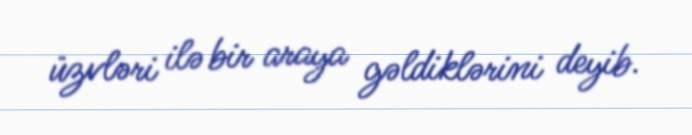
üzvləri ilə bir araya gəldiklərini deyib.